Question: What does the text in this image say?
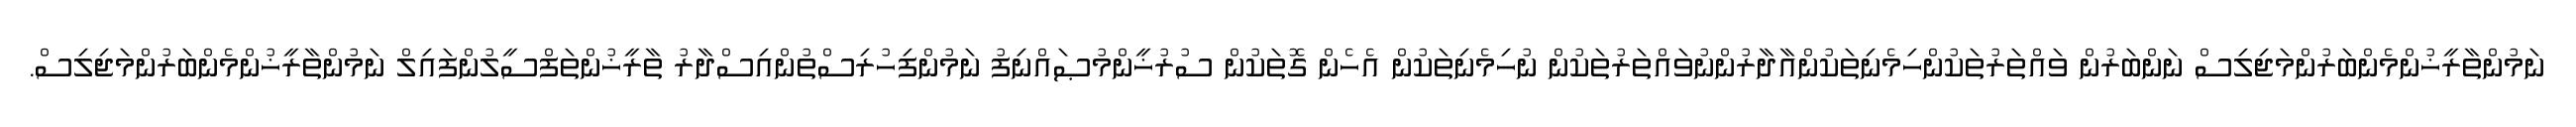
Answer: ނަމުންތާރީޚުންމެންބަރުންމަޖިލިސް ނަންބަރުން ވައްތަރުތަކުންހިމެނިތަކުންއާދާރުންނުވައްތަރުތަކުން ނުހިމެނިތަކުން އެހެން ގޮތަކުން ސުރުޚީންމުޞައްނިފު ނަމުންފިހުރިސްތުންއިސްދާރު ތާރީޚުންތަފްސީލުންފައިލް ނަމުންތާރީޚުންމެންބަރުންމަޖިލިސް.